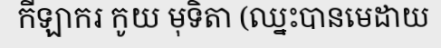
កីឡាករ កូយ មុទិតា (ឈ្នះបានមេដាយ